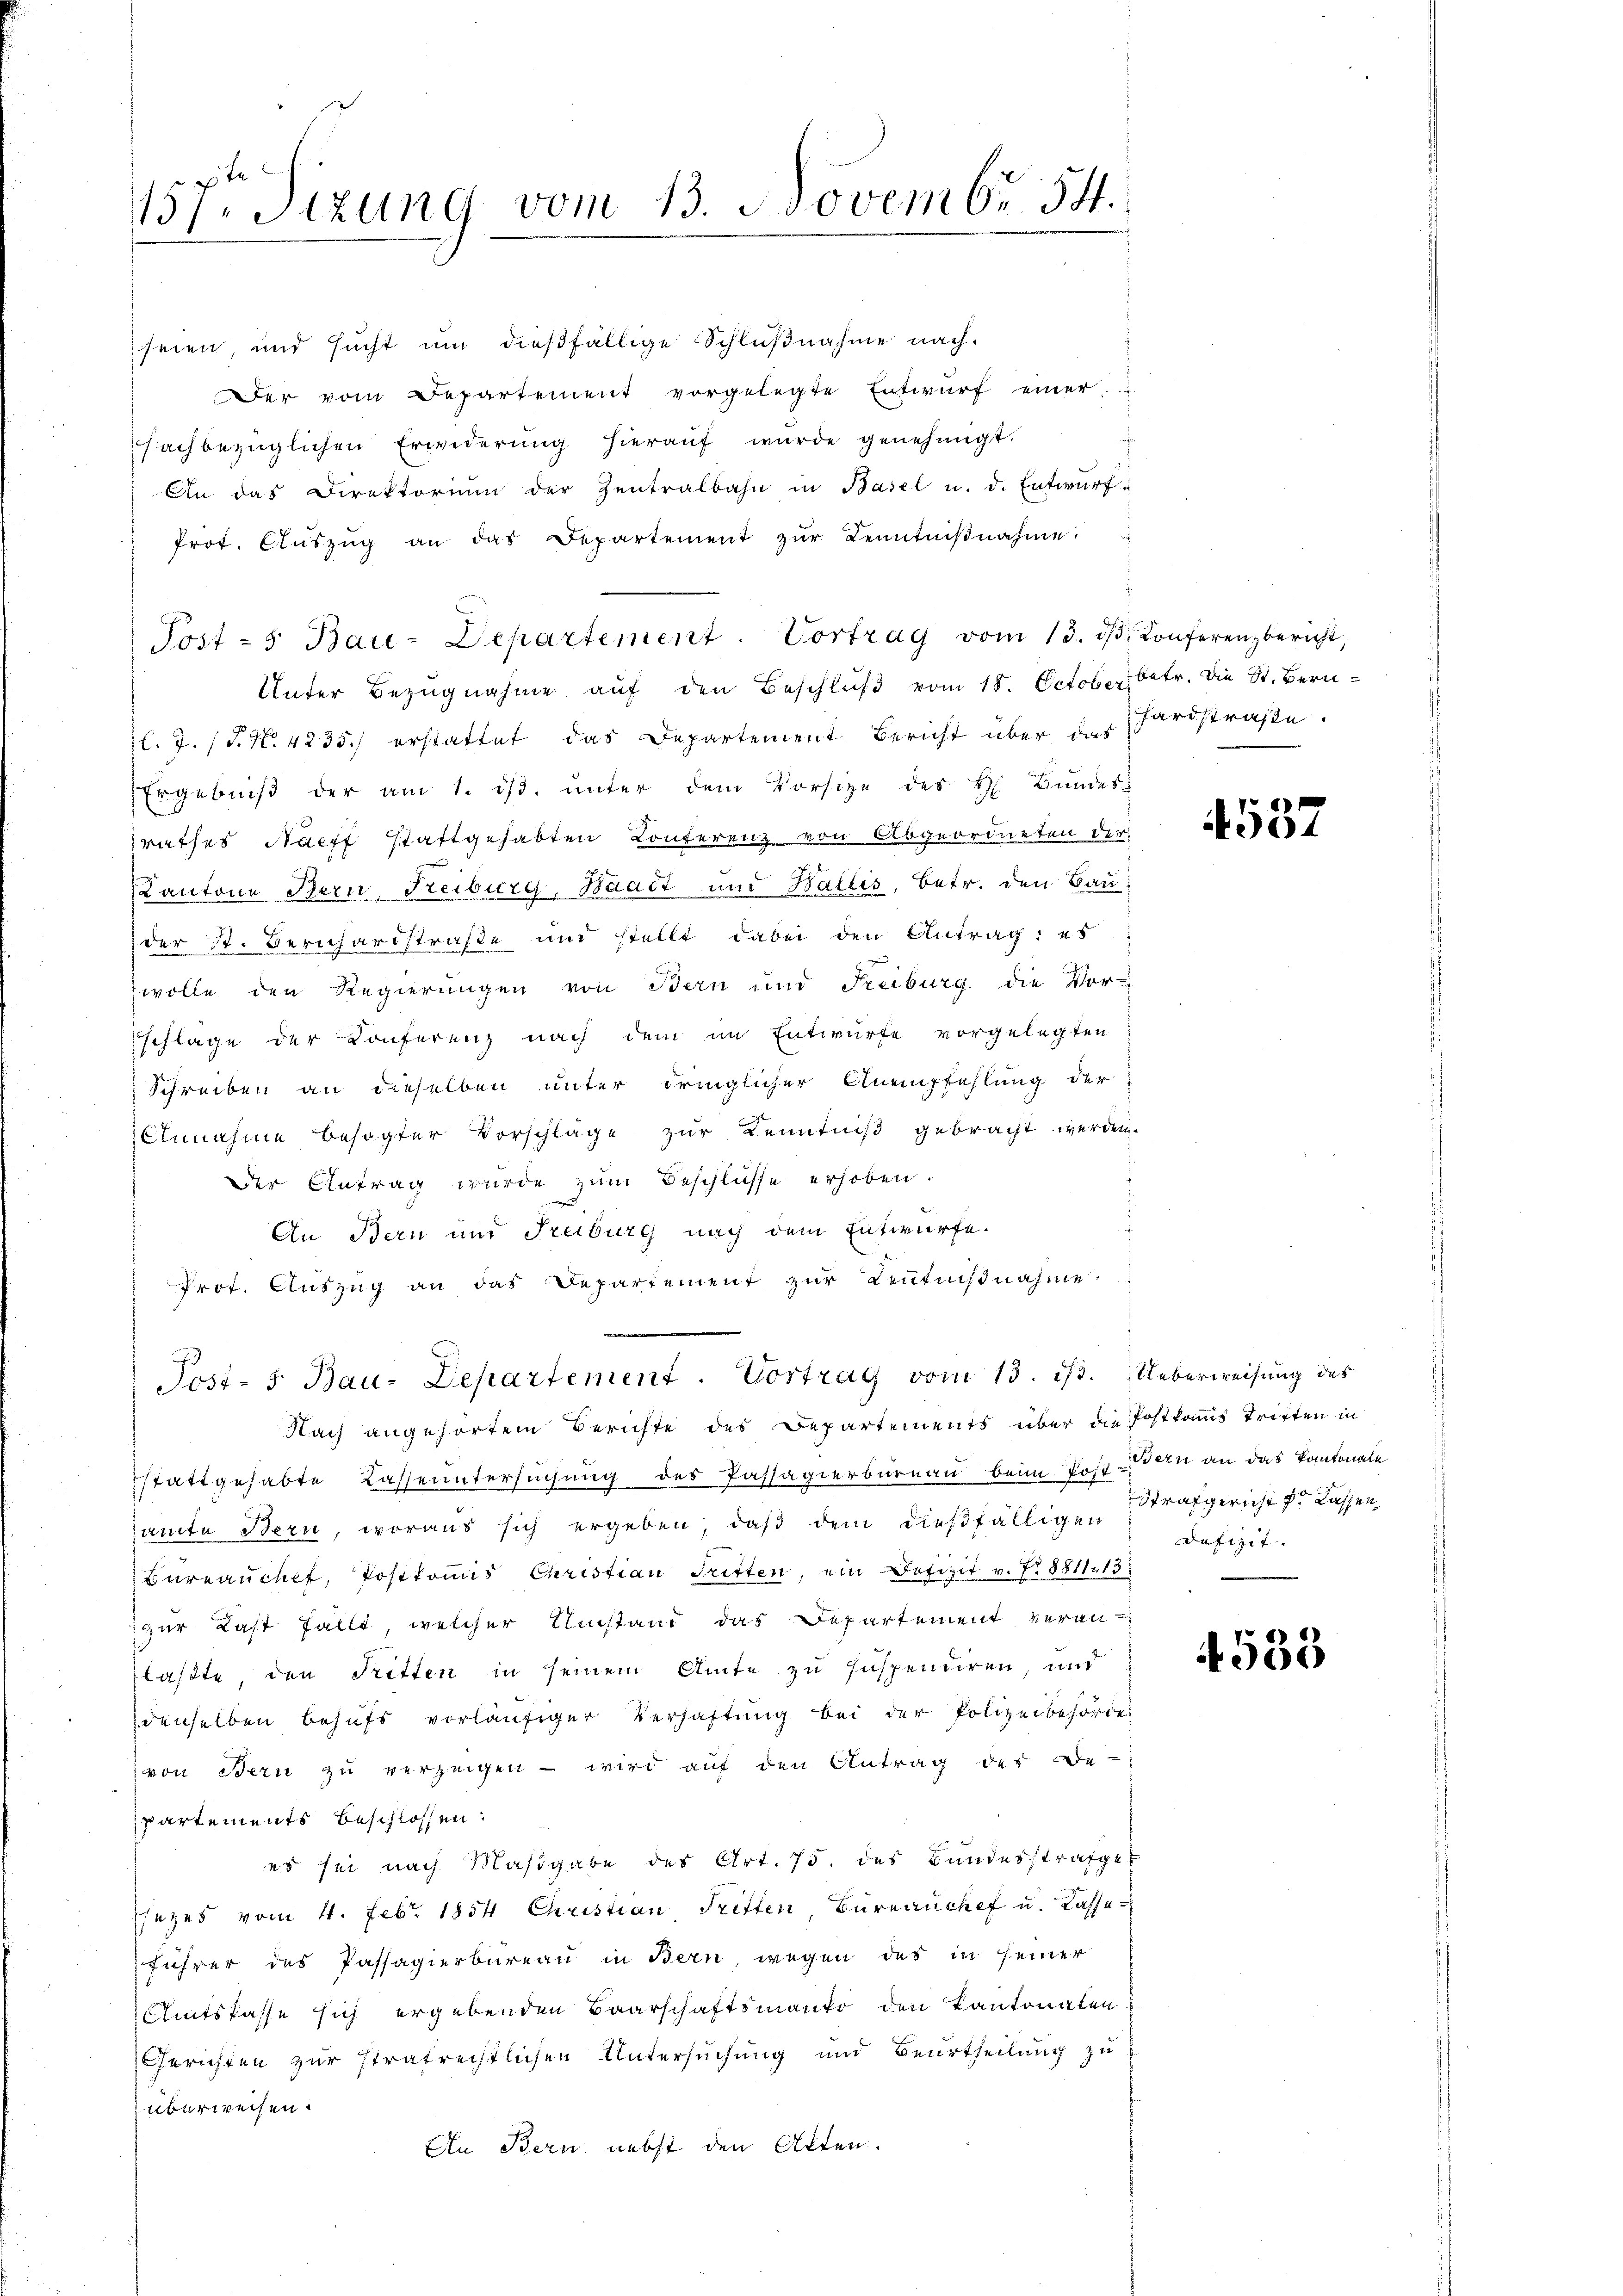
157t Sizung vom 13. Novemb. 54.

seien, und sucht um dießfällige Schlußnahme nach.
Der vom Departement vorgelegte Entwurf einer
fachbezüglichen Erwiderŭng hieraŭf wurde genehmigt.
An das Direktorium der Zentralbahn in Basel u. d. Entwŭrf-
Prot. Aŭszŭg an das Departement zŭr Kenntniβnahme:
Unter Bezŭgnahme aŭf den Beschlŭβ vom 18. October betr. die St. Bern-
l. J. (T. N. 4235.) erstattet das Departement Bericht über der Fardstraße.
Ergebniβ der am 1. dβ. ŭnter dem Vorsize des H. Bundes
rathes Nacht stattgehabten Konferenz von Abgeordneten der
Kantone Bern, Freiburg, Waadt und Wallis, betr. den Bau
der St. Berichardstraße und stellt dabei den Antrag: es
wolle den Regierungen von Bern und Freiburg die Vor-
schlage der Conferenz nach dem im Entwurfe vorgelegten
Schreiben an dieselben unter dringlicher Anempfehlung der
Einnahme besagter Vorschläge zur Kenntniß gebracht werden.
Der Antrag wurde zum Beschlüsse erhoben.
An Bern und Treiburg nach dem Entwurfe.
Prof. Auszug an das Departement zur Kenntnißnahme
Post- 5. Bau-Departement. Vortrag vom 13. ist. Ueberweisung des
Nach angehörtem Berichte des Departements über die Postkamms Tritten in
stattgehabte Casse untersuchung des Passagierburnau beim Post-Wein an das Kantonale
amte Bern, woraus sich ergeben, daß dem dießfälligen
Büreaŭchef, Postkomis Christian Tritten, ein Defizit v. N. 8811. 13
zur Last fällt, welcher Umstand das Departement veran-
laßte, den Ritten in seinem Amte zu suspendiren und
denselben behufs vorläufiger Verhaftung bei der Polizeibehörde
von Bern zu verzeigen - wird auf den Antrag des Be-
partements beschlossen:
es sei nach Maßgabe des Art. 75. des Bundesstrafger
sezes vom 4. Febr. 1854 Christian, Tritten, Bureauchef u. Kasse
führer des Passagierbureau in Bern, wegen des in seiner
Amtskasse sich ergebenden Baarschaftsmanko den Kantonalen
Gerichten zur strafrechtlichen Untersuchung und Beurtheilung zu
überweisen.
An Bern, nebst den Akten.

Post-5 Bau-Departement. Vortrag vom 13. dβ. Conferenzbericht,

4537

Strafgericht zu lassen
Defizit. |

533